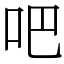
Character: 吧